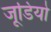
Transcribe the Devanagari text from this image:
जूडियो